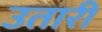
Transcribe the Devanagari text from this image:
उतारीं